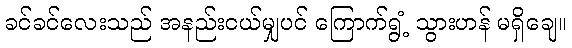
ခင်ခင်လေးသည် အနည်းငယ်မျှပင် ကြောက်ရွံ့ သွားဟန် မရှိချေ။